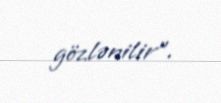
gözlənilir".